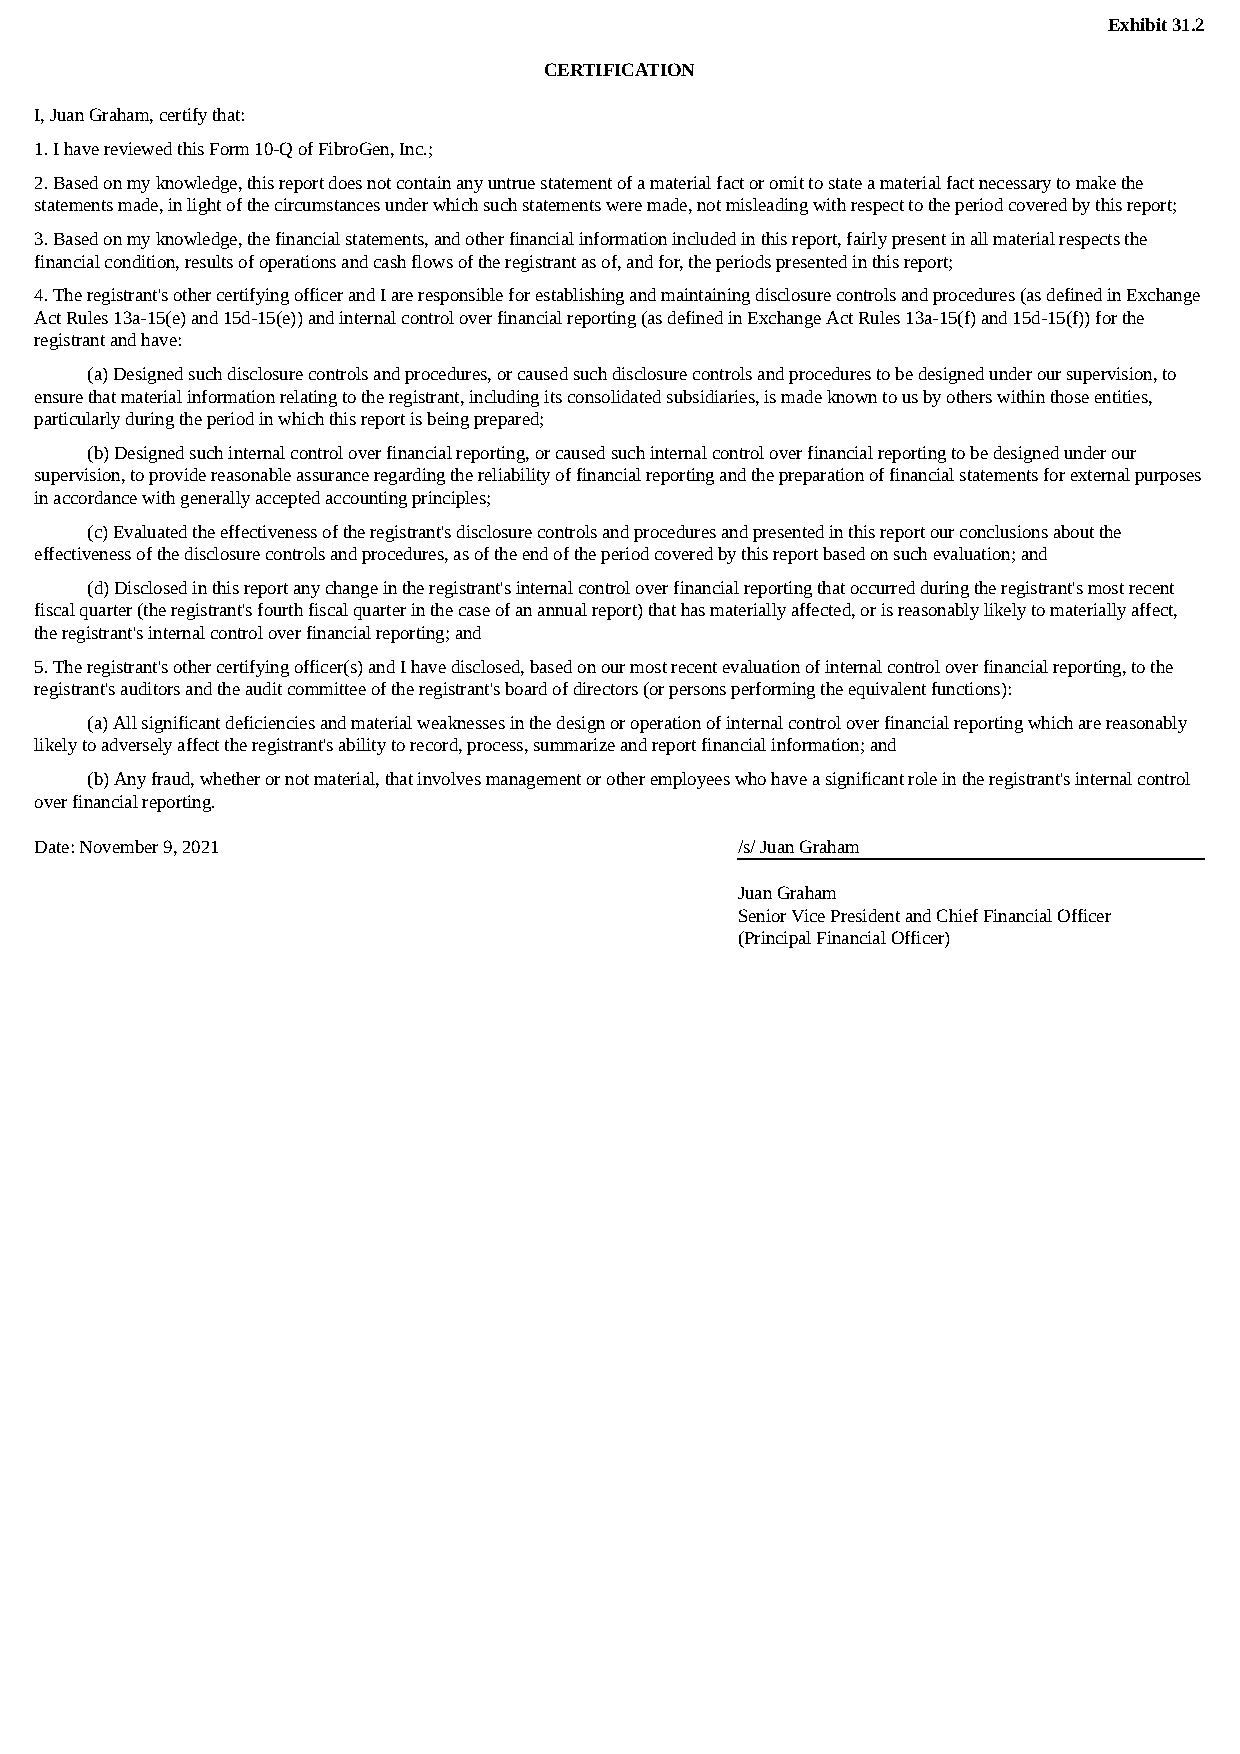
Exhibit 31.2
 CERTIFICATION
 I, Juan Graham, certify that:
 1. I have reviewed this Form 10-Q of FibroGen, Inc.;
 2. Based on my knowledge, this report does not contain any untrue statement of a material fact or omit to state a material fact necessary to make the
 statements made, in light of the circumstances under which such statements were made, not misleading with respect to the period covered by this report;
 3. Based on my knowledge, the financial statements, and other financial information included in this report, fairly present in all material respects the
 financial condition, results of operations and cash flows of the registrant as of, and for, the periods presented in this report;
 4. The registrant's other certifying officer and I are responsible for establishing and maintaining disclosure controls and procedures (as defined in Exchange
 Act Rules 13a-15(e) and 15d-15(e)) and internal control over financial reporting (as defined in Exchange Act Rules 13a-15(f) and 15d-15(f)) for the
 registrant and have:
 (a) Designed such disclosure controls and procedures, or caused such disclosure controls and procedures to be designed under our supervision, to
 ensure that material information relating to the registrant, including its consolidated subsidiaries, is made known to us by others within those entities,
 particularly during the period in which this report is being prepared;
 (b) Designed such internal control over financial reporting, or caused such internal control over financial reporting to be designed under our
 supervision, to provide reasonable assurance regarding the reliability of financial reporting and the preparation of financial statements for external purposes
 in accordance with generally accepted accounting principles;
 (c) Evaluated the effectiveness of the registrant's disclosure controls and procedures and presented in this report our conclusions about the
 effectiveness of the disclosure controls and procedures, as of the end of the period covered by this report based on such evaluation; and
 (d) Disclosed in this report any change in the registrant's internal control over financial reporting that occurred during the registrant's most recent
 fiscal quarter (the registrant's fourth fiscal quarter in the case of an annual report) that has materially affected, or is reasonably likely to materially affect,
 the registrant's internal control over financial reporting; and
 5. The registrant's other certifying officer(s) and I have disclosed, based on our most recent evaluation of internal control over financial reporting, to the
 registrant's auditors and the audit committee of the registrant's board of directors (or persons performing the equivalent functions):
 (a) All significant deficiencies and material weaknesses in the design or operation of internal control over financial reporting which are reasonably
 likely to adversely affect the registrant's ability to record, process, summarize and report financial information; and
 (b) Any fraud, whether or not material, that involves management or other employees who have a significant role in the registrant's internal control
 over financial reporting.
 Date: November 9, 2021                         /s/ Juan Graham
 Juan Graham
 Senior Vice President and Chief Financial Officer
 (Principal Financial Officer)